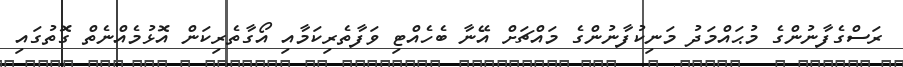
ރަސްގެފާނުންގެ މުޙައްމަދު މަނިކުފާނުންގެ މައްޗަށް އޭނާ ބެހެއްޓި ވަފާތެރިކަމާއި އޯގާތެރިކަން އޮޅުމެއްނެތް ގޮތުގައި